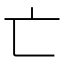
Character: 亡